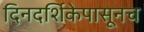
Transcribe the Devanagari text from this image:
दिनदर्शिकेपासूनच